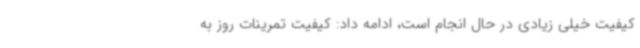
کیفیت خیلی زیادی در حال انجام است، ادامه داد: کیفیت تمرینات روز به